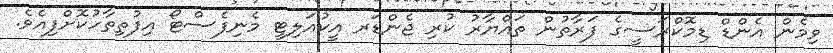
ވިމެން އެންޑް ޑިމޮކްރަސީގެ ފަރާތުން ތައްޔާރު ކުރި ޖެންޑަރ އީކުއަލިޓީ މެނިފެސްޓޯ އިފުތިތާހުކޮށްފިއެވެ.